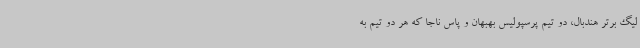
لیگ برتر هندبال، دو تیم پرسپولیس بهبهان و پاس ناجا که هر دو تیم به